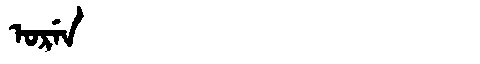
Manchu: ᠣᡵᡝᠨ
Romanization: OREN